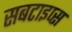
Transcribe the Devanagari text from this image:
सबटाइप्स